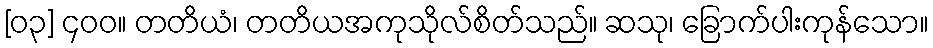
[၀၃] ၄၀၀။ တတိယံ၊ တတိယအကုသိုလ်စိတ်သည်။ ဆသု၊ ခြောက်ပါးကုန်သော။